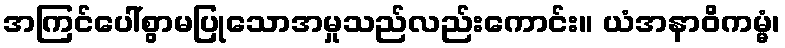
အကြင်ပေါ်စွာမပြုသောအမှုသည်လည်းကောင်း။ ယံအနာဝိကမ္မံ၊